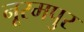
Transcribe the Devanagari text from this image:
नूरमपुर